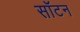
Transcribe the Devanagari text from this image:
सॉटन